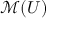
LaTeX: { \mathcal { M } } ( U )